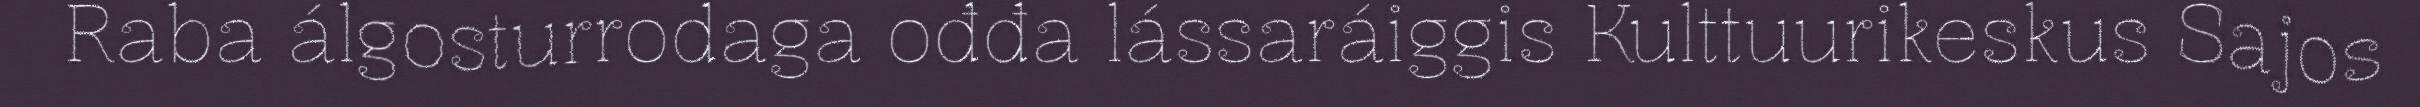
Raba álgosturrodaga ođđa lássaráiggis Kulttuurikeskus Sajos